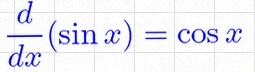
\frac{d}{dx}(\sin x)=\cos x